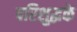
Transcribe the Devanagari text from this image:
परिशुद्धके